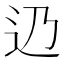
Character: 辸